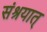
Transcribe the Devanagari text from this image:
संश्रयात्